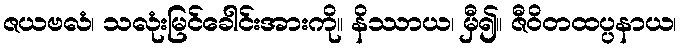
ဇယဗလံ၊ သလုံးမြင်ခေါင်းအားကို။ နိဿာယ၊ မှီ၍။ ဇီဝိတထပ္ပနာယ၊